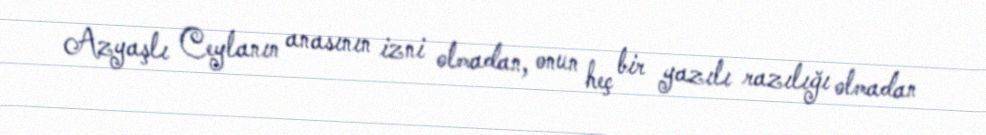
Azyaşlı Ceylanın anasının izni olmadan, onun heç bir yazılı razılığı olmadan